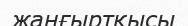
жаңғыртқысы